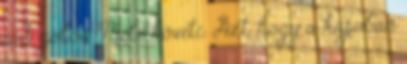
a 3 gólos Mile követi. Azt, hogy a kapuban